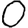
Digit: 0